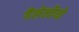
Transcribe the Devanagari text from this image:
गैलेलीयो